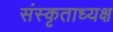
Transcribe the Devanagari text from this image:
संस्कृताध्यक्ष